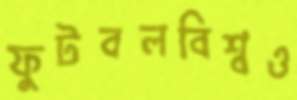
ফুটবলবিশ্বও